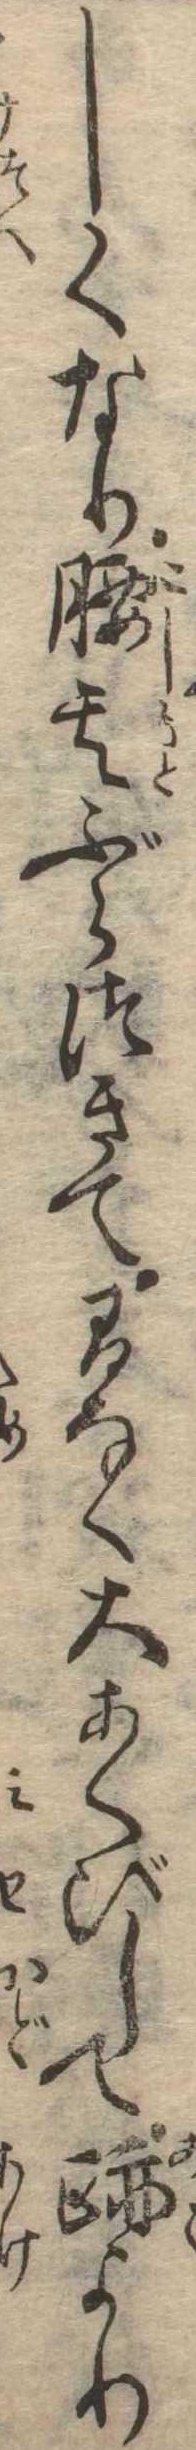
しくなり腰元ぶらつきて間なく大あくびして跡より